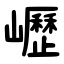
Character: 㠣